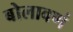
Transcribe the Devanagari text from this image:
बोलावणं